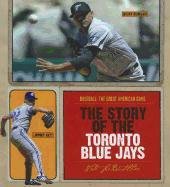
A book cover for The Story of the Toronto Blue Jays (Baseball: the Great American Game); Nate Leboutillier; Teen & Young Adult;